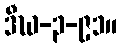
ဒီဃ-၃-၉၁။